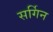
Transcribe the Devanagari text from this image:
सर्गिन